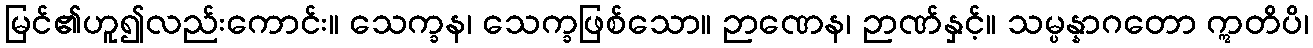
မြင်၏ဟူ၍လည်းကောင်း။ သေက္ခန၊ သေက္ခဖြစ်သော။ ဉာဏေန၊ ဉာဏ်နှင့်။ သမ္ပန္နာဂတော ဣတိပိ၊